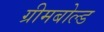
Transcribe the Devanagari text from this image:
ग्रीमबोल्ड